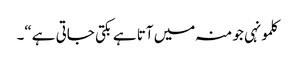
کلمونہی جو منہ میں آتا ہے بکتی جاتی ہے“۔